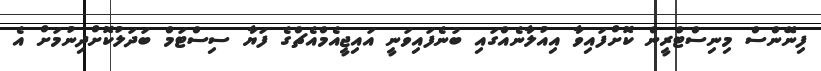
ފިނޭންސް މިނިސްޓްރީން ކޮށްފައިވާ އިއުލާނެއްގައި ބުނެފައިވަނީ އައިޖީއެމްއެޗްގެ ފަޔާ ސިސްޓަމް ބަދަލުކޮށްދިނުމަށް އެ